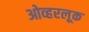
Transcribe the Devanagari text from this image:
ओव्हरलूक